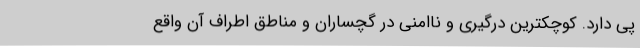
پی دارد. کوچکترین درگیری و ناامنی در گچساران و مناطق اطراف آن واقع